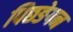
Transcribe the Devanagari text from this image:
पिछङेपन